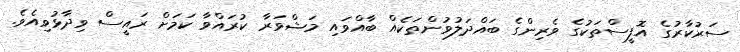
ސަރުކާރުގެ އޮފީސްތަކުގެ ވެރިންގެ ބައްދަލުވުންތަކެއް ބާއްވައި މަޝްވަރާ ކުރައްވާ ކަމަށް ރައީސް ވިދާޅުވިއެވެ.